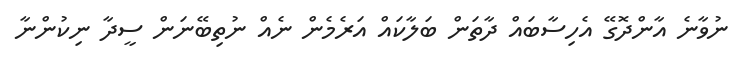
ނުވާނެ އާންދޮގޭ އެހިސާބައް ދާތަން ބަލާކައް އަރެމެން ނެއް ނުތިބޭނަން ސީދާ ނިކުންނާ